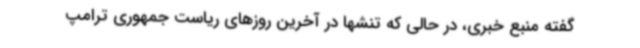
گفته منبع خبری، در حالی که تنشها در آخرین روزهای ریاست جمهوری ترامپ